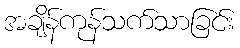
အချိန်ကုန်သက်သာခြင်း